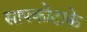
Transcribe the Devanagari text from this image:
सापकोटाके